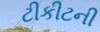
ટીકીટની